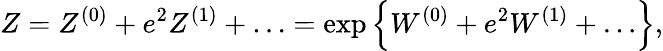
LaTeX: Z=Z^{(0)}+e^{2}Z^{(1)}+\ldots=\exp\left\{ W^{(0)}+e^{2}W^{(1)}+\ldots\right\} ,